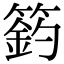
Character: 𥲟